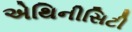
એથિનીસિટી